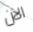
الآن